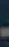
-